Vaccination in Bombay 1869-1873 - 1869-1873
Year: 1869
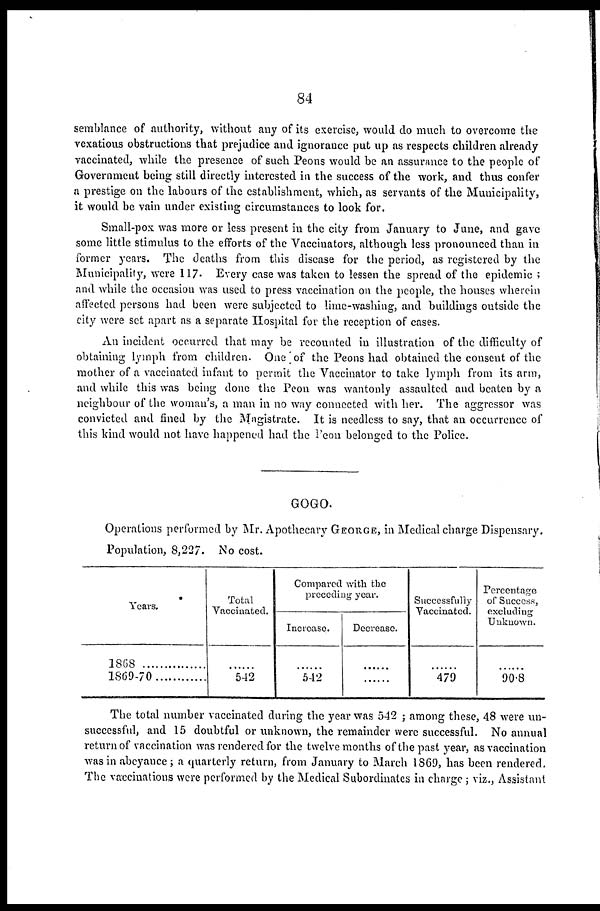
84
semblance of authority, without any of its exercise, would do much to overcome the
vexatious obstructions that prejudice and ignorance put up as respects children already
vaccinated, while the presence of such Peons would be an assurance to the people of
Government being still directly interested in the success of the work, and thus confer
a prestige on the labours of the establishment, which, as servants of the Municipality,
it would be vain under existing circumstances to look for.
Small-pox was more or less present in the city from January to June, and gave
some little stimulus to the efforts of the Vaccinators, although less pronounced than in
former years. The deaths from this disease for the period, as registered by the
Municipality, were 117. Every case was taken to lessen the spread of the epidemic ;
and while the occasion was used to press vaccination on the people, the houses wherein
affected persons had been were subjected to lime-washing, and buildings outside the
city were set apart as a separate Hospital for the reception of cases.
An incident occurred that may be recounted in illustration of the difficulty of
obtaining lymph from children. One of the Peons had obtained the consent of the
mother of a vaccinated infant to permit the Vaccinator to take lymph from its arm,
and while this was being done the Peon was wantonly assaulted and beaten by a
neighbour of the woman's, a man in no way connected with her. The aggressor was
convicted and fined by the Magistrate. It is needless to say, that an occurrence of
this kind would not have happened had the Peon belonged to the Police.
GOGO.
Operations performed by Mr. Apothecary GEORGE, in Medical charge Dispensary.
Population, 8,227. No cost.
Years.
1868
..................
1869-70............
Total
Vaccinated.
......
542
Compared with the
preceding year.
Increase.
......
542
Decrease.
......
......
Successfully
Vaccinated.
......
479
Percentage
of Success,
excluding
Unknown.
......
90.8
The total number vaccinated during the year was 542 ; among these, 48 were un-
successful, and 15 doubtful or unknown, the remainder were successful. No annual
return of vaccination was rendered for the twelve months of the past year, as vaccination
was in abeyance; a quarterly return, from January to March 1869, has been rendered.
The vaccinations were performed by the Medical Subordinates in charge; viz., Assistant